Insane asylums in Bengal annual reports 1876-1887 - 1876-1887
Year: 1876
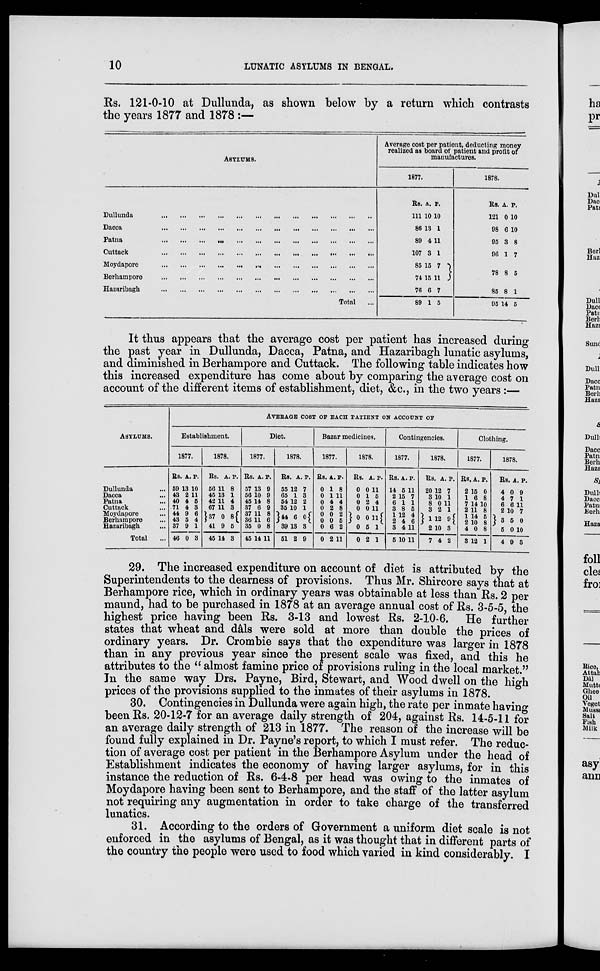
10
LUNATIC ASYLUMS IN BENGAL.
Rs. 121-0-10 at Dullunda, as shown below by a return which contrasts
the years 1877 and 1878 :—
ASYLUMS.
Dullunda
...
...
...
...
...
...
...
...
Dacca
...
...
...
...
...
...
...
...
Patna
...
...
...
...
...
...
...
...
Cuttack
...
...
...
...
...
...
...
...
Moydapore
...
...
...
...
...
...
...
...
Berhampore
...
...
...
...
...
...
...
...
Hazaribagh
...
...
...
...
...
...
...
...
Total
...
Average cost per patient, deducting money
realized as board of patient and profit of
manufactures.
1877.
Rs.
111
86
89
107
85
74
76
89
A.
10
13
4
3
15
15
6
1
P.
10
1
11
1
7
11
7
5
1878.
Rs.
121
98
95
96
78
85
95
A.
0
6
3
1
8
8
14
P.
10
10
8
7
5
1
5
It thus appears that the average cost per patient has increased during
the past year in Dullunda, Dacca, Patna, and Hazaribagh lunatic asylums,
and diminished in Berhampore and Cuttack. The following table indicates how
this increased expenditure has come about by comparing the average cost on
account of the different items of establishment, diet, &c., in the two years :—
ASYLUMS.
Dullunda ...
Dacca ...
Patna ...
Cuttack ...
Moydapore ...
Berhampore ...
Hazaribagh ...
Total ...
AVERAGE COST OF EACH PATIENT ON ACCOUNT OF
Establishment.
1877.
Rs.
59
43
40
71
44
43
37
46
A.
13
2
4
4
9
5
9
0
P.
10
11
5
3
6
4
1
3
1878.
Rs.
56
45
42
67
37
41
45
A.
11
13
11
11
0
9
14
P.
8
1
4
3
8
5
3
Diet.
1877.
Rs.
57
56
45
37
37
36
35
45
A.
13
10
14
6
11
11
0
14
P.
9
9
8
9
8
6
8
11
1878.
Rs.
55
65
54
35
44
39
51
A.
12
1
12
10
6
13
2
P.
7
3
2
1
0
3
9
Bazar medicines.
1877.
Rs.
0
0
0
0
0
0
0
0
A.
1
1
4
2
0
0
6
2
P.
8
11
4
8
2
5
2
11
1878.
Rs.
0
0
0
0
0
0
0
A.
0
1
2
0
0
5
2
P.
11
5
4
11
11
1
1
Contingencies.
1877.
Rs.
14
2
6
3
1
2
3
5
A.
5
15
1
8
12
4
4
10
P.
11
7
1
5
4
6
11
11
1878.
Rs.
20
3
8
3
1
2
7
A
12
10
0
2
12
10
4
P.
7
1
11
1
9
3
2
Clothing.
1877.
Rs.
2
1
7
2
1
2
4
3
A.
15
6
14
11
14
10
0
12
P.
0
8
10
8
5
8
8
1
1878.
Rs.
4
4
6
2
3
5
4
A.
0
7
6
10
5
0
9
P.
9
1
11
7
0
10
3
29. The increased expenditure on account of diet is attributed by the
Superintendents to the dearness of provisions. Thus Mr. Shircore says that at
Berhampore rice, which in ordinary years was obtainable at less than Rs. 2 per
maund, had to be purchased in 1878 at an average annual cost of Rs. 3-5-5, the
highest price having been Rs. 3-13 and lowest Rs. 2-10-6. He further
states that wheat and dâls were sold at more than double the prices of
ordinary years. Dr. Crombie says that the expenditure was larger in 1878
than in any previous year since the present scale was fixed, and this he
attributes to the “ almost famine price of provisions ruling in the local market.”
In the same way Drs. Payne, Bird, Stewart, and Wood dwell on the high
prices of the provisions supplied to the inmates of their asylums in 1878.
30. Contingencies in Dullunda were again high, the rate per inmate having
been Rs. 20-12-7 for an average daily strength of 204, against Rs. 14-5-11 for
an average daily strength of 213 in 1877. The reason of the increase will be
found fully explained in Dr. Payne's report, to which I must refer. The reduc-
tion of average cost per patient in the Berhampore Asylum under the head of
Establishment indicates the economy of having larger asylums, for in this
instance the reduction of Rs. 6-4-8 per head was owing to the inmates of
Moydapore having been sent to Berhampore, and the staff of the latter asylum
not requiring any augmentation in order to take charge of the transferred
lunatics.
31. According to the orders of Government a uniform diet scale is not
enforced in the asylums of Bengal, as it was thought that in different parts of
the country the people were used to food which varied in kind considerably. I